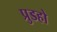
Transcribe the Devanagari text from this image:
प्रुडहो